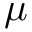
\mu